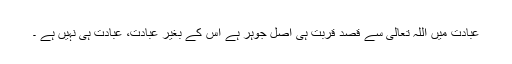
عبادت میں اللہ تعالیٰ سے قصد قربت ہی اصل جوہر ہے اس کے بغیر عبادت، عبادت ہی نہیں ہے ۔